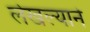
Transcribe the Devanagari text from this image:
लेखल्याने